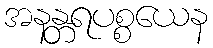
အနန္တရပစ္စယေန